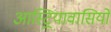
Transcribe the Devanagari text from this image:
आस्ट्रियावासियों